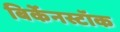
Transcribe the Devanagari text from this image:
बिर्केनस्टॉक